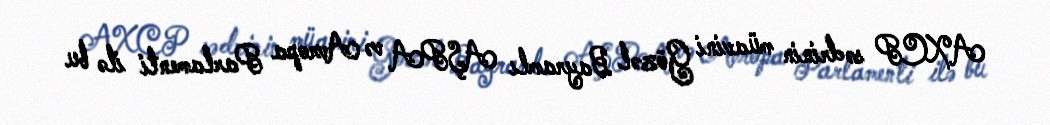
AXCP sədrinin müavini Gözəl Bayramlı AŞPA və Avropa Parlamenti ilə bu